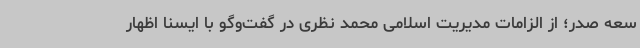
سعه صدر؛ از الزامات مدیریت اسلامی محمد نظری در گفت‌وگو با ایسنا اظهار